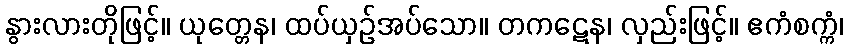
နွားလားတိုဖြင့်။ ယုတ္တေန၊ ထပ်ယှဉ်အပ်သော။ တကဋေန၊ လှည်းဖြင့်။ ဧကံစက္ကံ၊